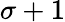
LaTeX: \sigma+1